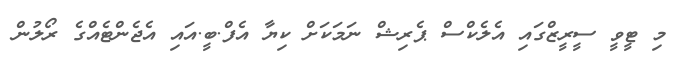
މި ޓީވީ ސީރީޒްގައި އެލެކްސް ޕެރިޝް ނަމަކަށް ކިޔާ އެފް.ބީ.އައި އެޖެންޓެއްގެ ރޯލުން